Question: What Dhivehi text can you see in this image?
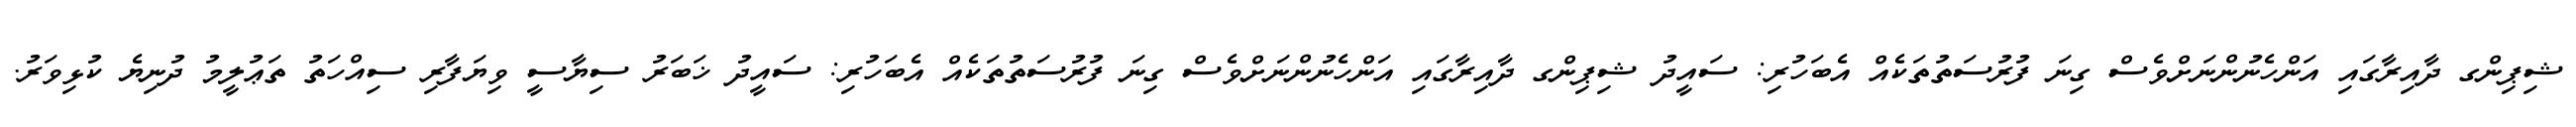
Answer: ޝިޕިންގ ދާއިރާގައި އަންހެނުންނަށްވެސް ގިނަ ފުރުސަތުތަކެއް އެބަހުރި: ސައީދު ޝިޕިންގ ދާއިރާގައި އަންހެނުންނަށްވެސް ގިނަ ފުރުސަތުތަކެއް އެބަހުރި: ސައީދު ޚަބަރު ސިޔާސީ ވިޔަފާރި ސިއްހަތު ތަޢުލީމު ދުނިޔެ ކުޅިވަރު.